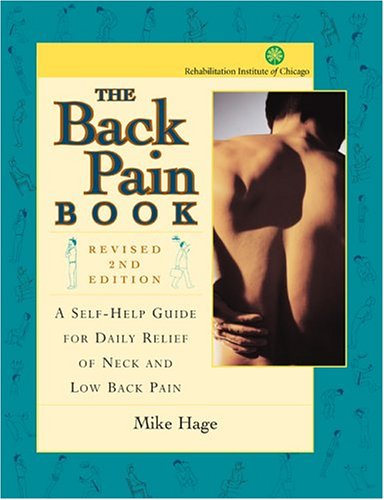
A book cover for The Back Pain Book: A Self-help Guide For The Daily Relief Of Back And Neck Pain; Mike Hage; Health, Fitness & Dieting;